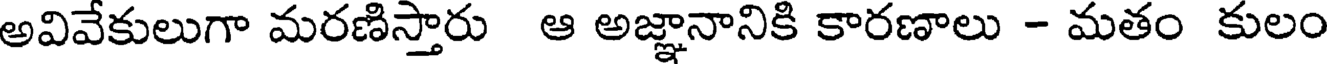
అవివేకులుగా మరణిస్తారు ఆ అజ్ఞానానికి కారణాలు - మతం కులం